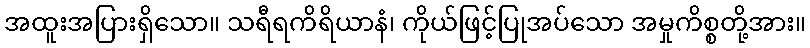
အထူးအပြားရှိသော။ သရီရကိရိယာနံ၊ ကိုယ်ဖြင့်ပြုအပ်သော အမှုကိစ္စတို့အား။